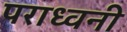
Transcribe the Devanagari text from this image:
पराध्वनी